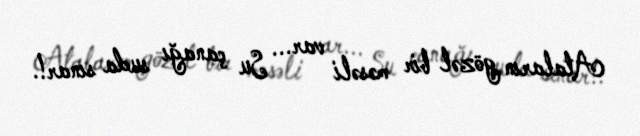
Ataların gözəl bir məsəli var... Su çanağı suda sınar!.